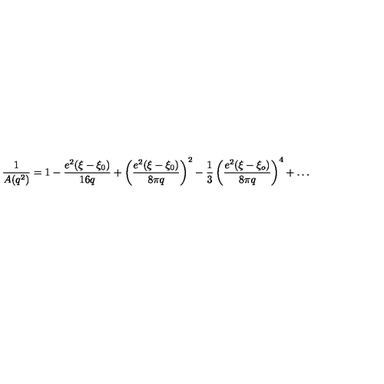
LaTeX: \frac { 1 } { A ( q ^ { 2 } ) } = 1 - \frac { e ^ { 2 } ( \xi - \xi _ { 0 } ) } { 1 6 q } + \left( \frac { e ^ { 2 } ( \xi - \xi _ { 0 } ) } { 8 \pi q } \right) ^ { 2 } - \frac { 1 } { 3 } \left( \frac { e ^ { 2 } ( \xi - \xi _ { o } ) } { 8 \pi q } \right) ^ { 4 } + \ldots